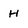
Character: H